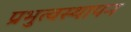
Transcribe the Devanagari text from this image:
प्रभुत्वस्थापन